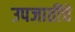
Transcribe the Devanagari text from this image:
उपजातींचे